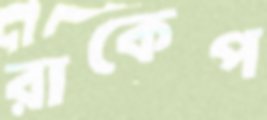
রাকেপ